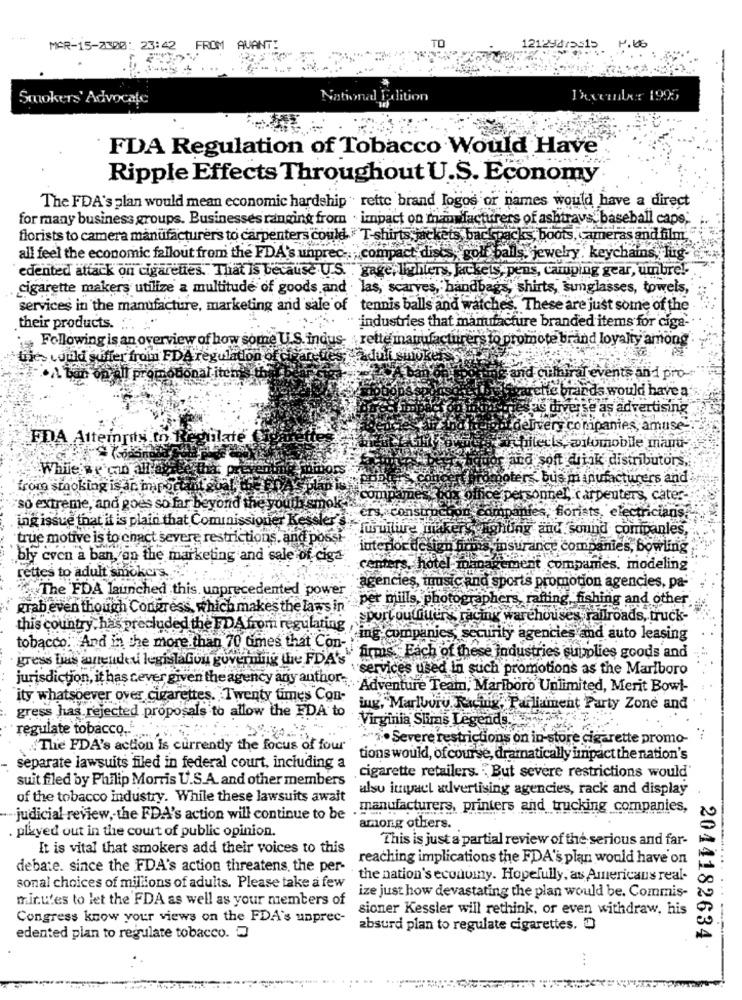
MAR-15-2300: 23:42 FROM AVANT:
12129475515
N .66
Smokers' Advocate
National Edition
Ixcenter 1995
FDA Regulation of Tobacco Would Have
Ripple Effects Throughout U.S. Economy
The FDA's plan would mean economic hardship " rette brand logos or names would have a direct
for many business groups. Businesses ranging from . impact on manufacture
facturers of ashtrays baseball cape;
florists to camera manufacturers to carpenters could " T-shirts, jackets backpac
Fracks, boots, cameras and film;
all feel the economic fallout from the FDA's unprec -.
golf balls, jewelry . keychains, lug-
edented attack on cigarettes. That is because U.S. gage, ichilers, Jackets, pens, camping gear, umbre !.
cigarette makers utilize a multitude of goods and . las, scarves, handbags, shirts, sunglasses, towels,
services in the manufacture, marketing and sale of tennis balls and watches. These are just some of the
their products.
industries that manufacture branded items for ciga-
Following is an overview of how some U.S. indus- rette manufacturers to promote brand loyalty among .
tjes couldi suffer from FDA regulation of
I promotional items th
and cultural events an 1 pro-
archie brands would have a
$ ouver se as advertising
delivery companies, amuse-
FDA Attempts to Regulate
chitects, automobile mand-
and soft drink distributors,
While' r cin alla
poters bus manufacturers and
from stocking is an important sua
ox office personnel, carpenters, cater-
so extreme, and goes so far beyond the youth
CIS, ConSt
Borists, electricians.
ing issue that it is plain that Commissioner Kessler s.
camp
ughung and sound companles,
true motive is to enact severe restrictions, and possi
interior design fin
insurance companies, bowling
bly cven a ban,on the marketing and sale of ciga
centers, hotel in
cement
comprames. modeling
rettes to adult smokers. .
The FDA launched this, unprecedented power
agencies, music and sports promotion agencies, pa-
per mills, photographers, rafting."
ing,fishing and other
grab even though Congress, which makes the law's in
sport ouffuers racing warehouses railroads, truck-
this country has precluded the FDA from regulating
tobacco. And in the more than 70 times that Con-
cing companies, security agencies and auto leasing
gress bias aunended legislaGon governing the FDA's".
firms. Each of these industries supplies goods and
services used in such promotions as the Marlboro
jurisdiction, it has cever given the agency any author ...
.Adventure Team, Marlboro Unlimited, Merit Bowl-
ity whatsoever over cigarettes. Twenty times Con-
iug, Marlovry. Racing, Parliament Party Zone and
gress has rejected proposals to allow the FDA to
Virginia Sluras Legends ..
regulate tobacco ...
· Severe restrictions on in-store cigarette promo-
The FDA's action is currently the focus of four
tions would, of course, dramatically impact the nation's
separate lawsuits filed in federal court, including a
suit filed by Philip Morris U.S.A. and other members
.cigarette retailers. "But severe restrictions would'
alsu impact advertising agencies, rack and display
of the tobacco industry. While these lawsuits await
manufacturers, printers and trucking companies,
judicial review, the FDA's action will continue to be
. played out in the court of public opinion.
among others.
This is just a partial review of the serious and far-
It is vital that smokers add their voices to this
reaching implications the FDA's plan would have'on
debate. since the FDA's action threatens, the per-
the nation's economy. Hopefully, as Americans real-
sonal choices of millions of adults. Please take a few
ize just how devastating the plan would be. Commis-
mirtes to let the FDA as well as your members of
sioner Kessler will rethink, or even withdraw, his
Congress know your views on the FDA's unprec-
absurd plan to regulate cigarettes. D
edented plan to regulate tobacco.
2044182634
...